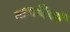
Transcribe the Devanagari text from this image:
तारादिकों